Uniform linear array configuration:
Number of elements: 12
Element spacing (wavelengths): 0.25
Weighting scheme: cosine
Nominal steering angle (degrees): -30
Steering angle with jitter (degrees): -31.08
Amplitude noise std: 0.05
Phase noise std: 0.05

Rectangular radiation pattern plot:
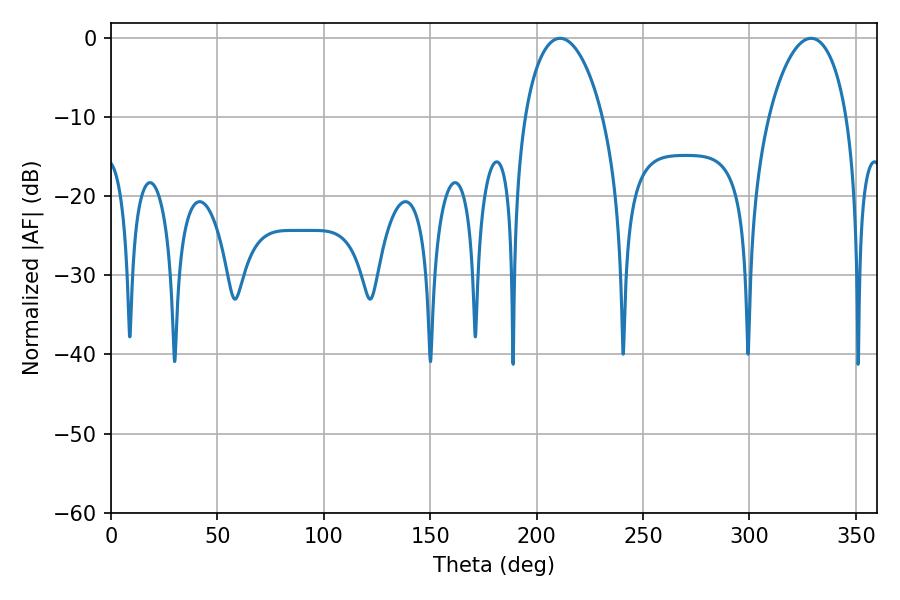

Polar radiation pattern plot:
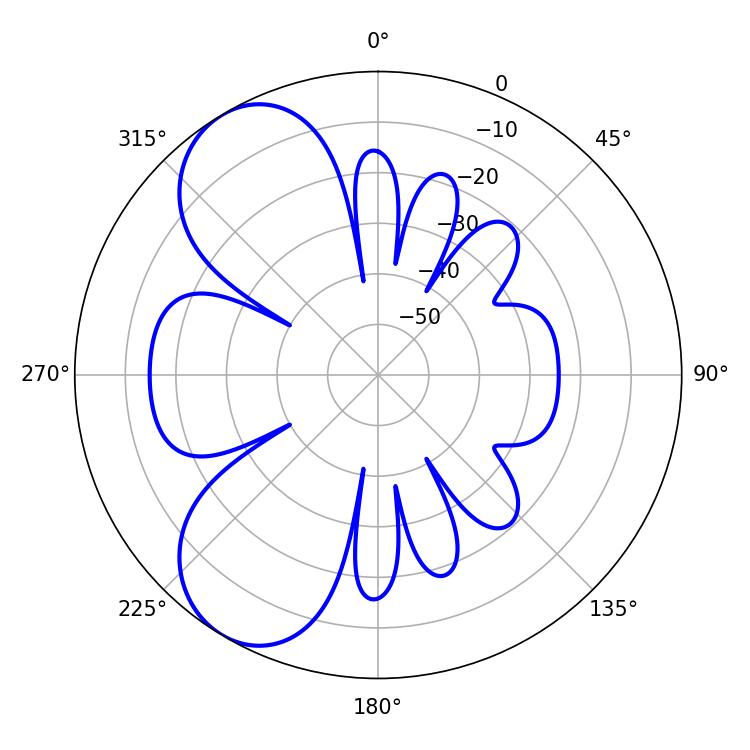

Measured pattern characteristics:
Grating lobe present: FALSE
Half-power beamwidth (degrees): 20.88
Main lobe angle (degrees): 210.96